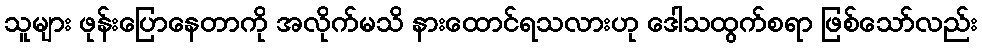
သူများ ဖုန်းပြောနေတာကို အလိုက်မသိ နားထောင်ရသလားဟု ဒေါသထွက်စရာ ဖြစ်သော်လည်း